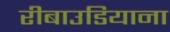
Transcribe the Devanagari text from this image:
रीबाउडियाना